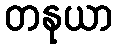
တနုယာ